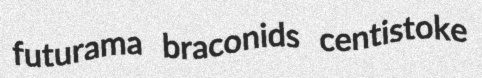
futurama braconids centistoke